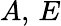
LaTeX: A,\, E